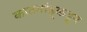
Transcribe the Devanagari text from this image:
काठमांडूकडून